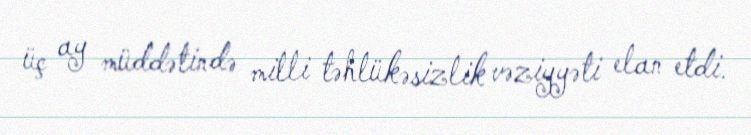
üç ay müddətində milli təhlükəsizlik vəziyyəti elan etdi.